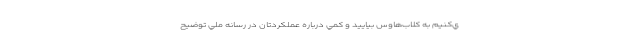
ي‌كنيم به كلاب‌هاوس بياييد و كمي درباره عملكردتان در رسانه ملي توضيح